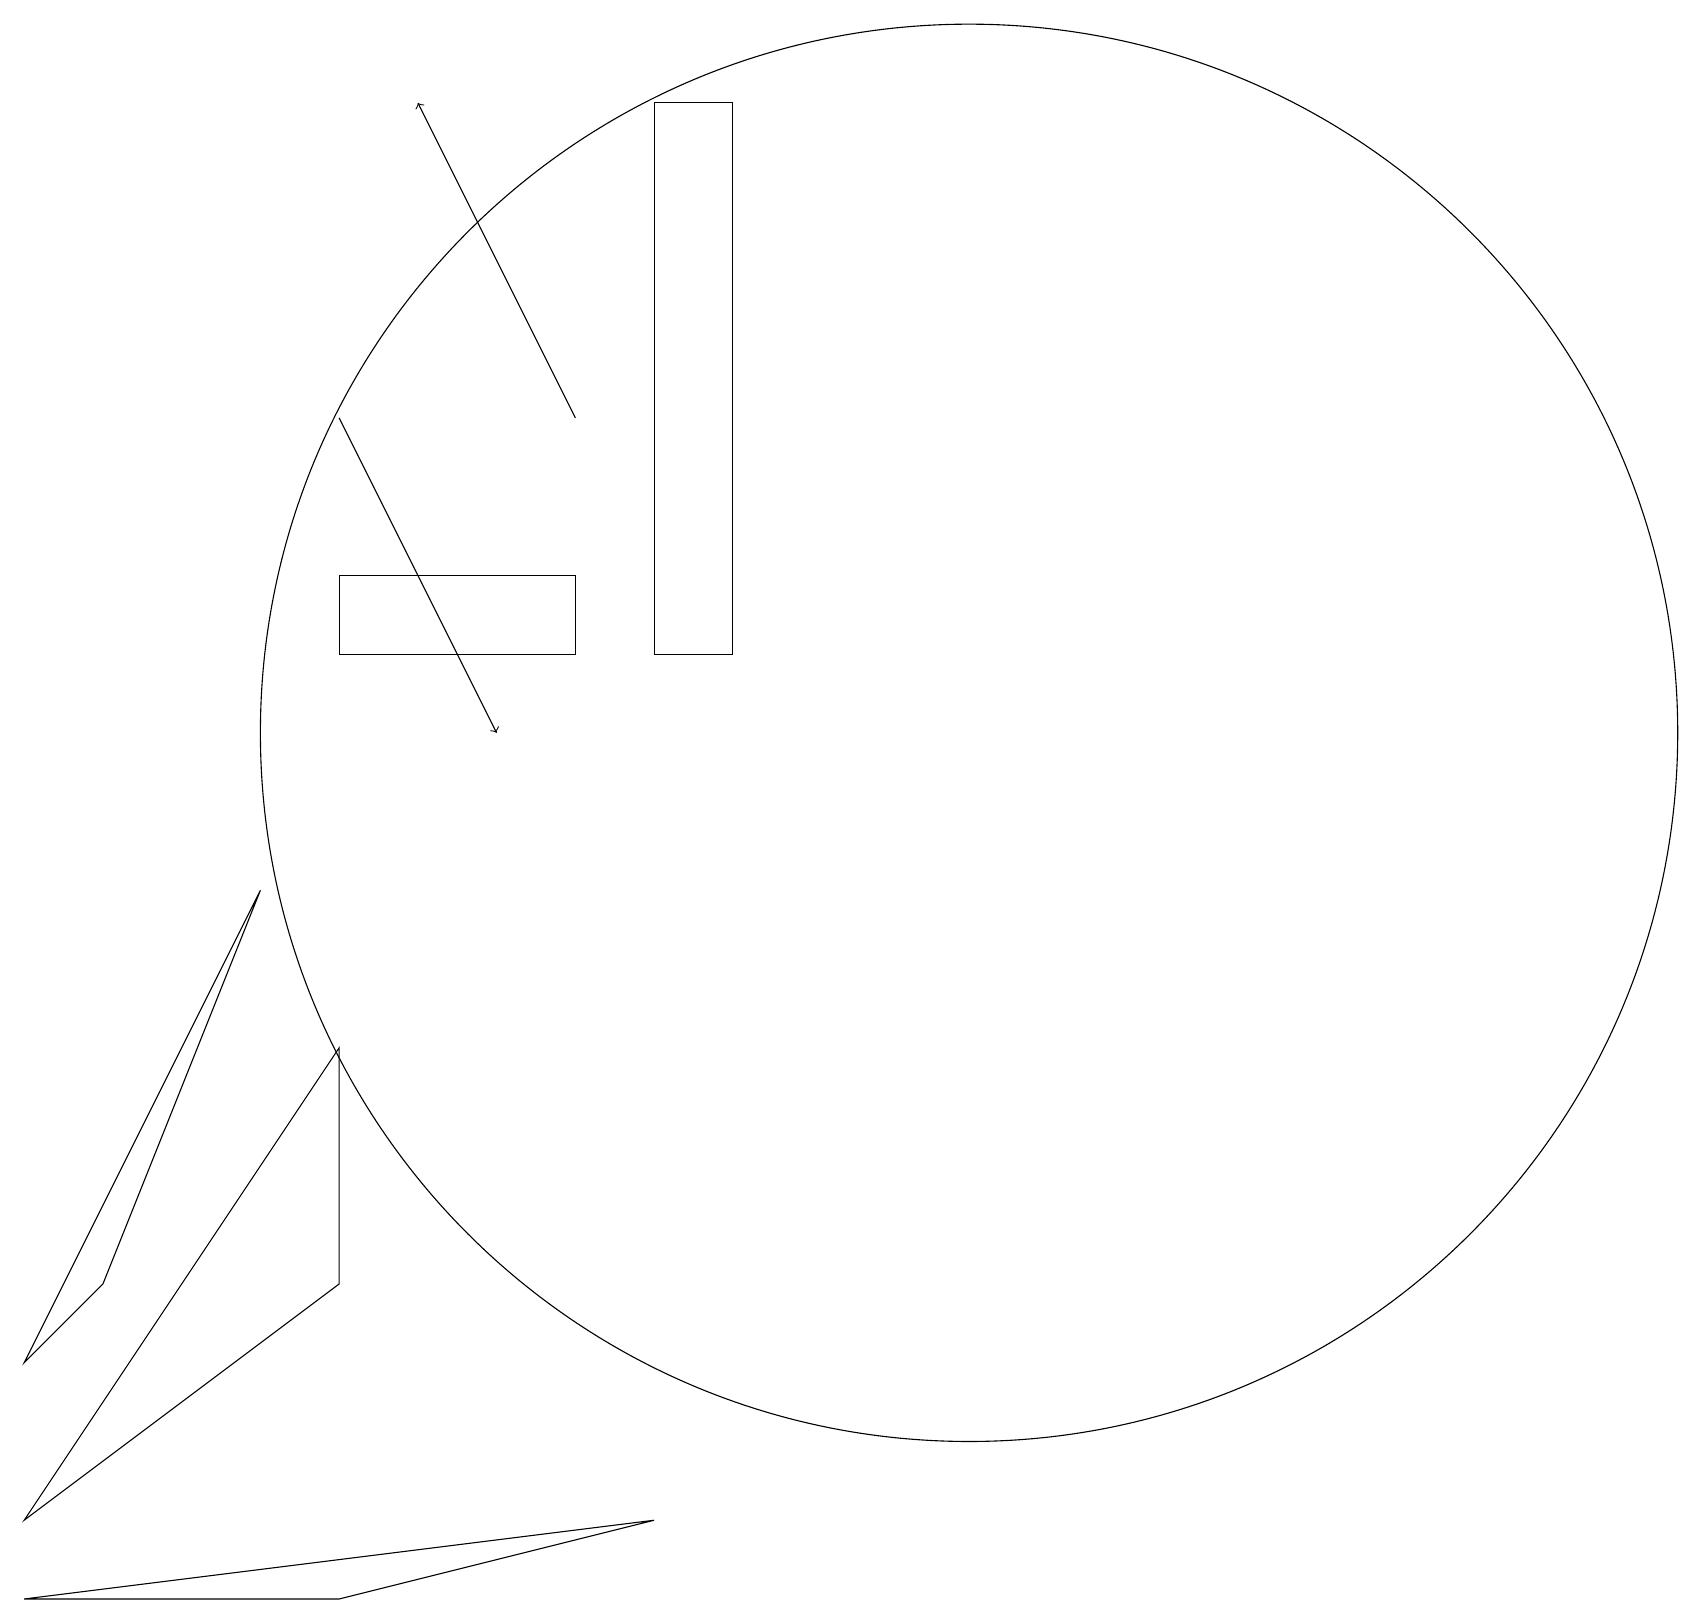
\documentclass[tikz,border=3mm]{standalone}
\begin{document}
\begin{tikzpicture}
\draw[->] (7,15) -- (5,19);
\draw (0,1) -- (4,4) -- (4,7) -- cycle;
\draw (1,4) -- (3,9) -- (0,3) -- cycle;
\draw (9,12) rectangle (8,19);
\draw[->] (4,15) -- (6,11);
\draw (8,1) -- (4,0) -- (0,0) -- cycle;
\draw (7,13) rectangle (4,12);
\draw (12,11) circle (9);
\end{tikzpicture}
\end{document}